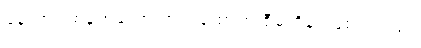
နောက်တစ်ခုကတော့ ကင်းထောက် စီမံကိန်း ဖြစ်ပါတယ်။